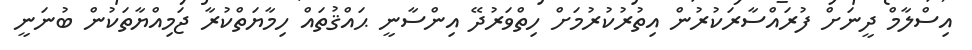
އިސްލާމް ދީނަށް ފުރައްސާރަކުރުން އިތުރުކުރުމަށް ހިތްވަރުދޭ އިންސާނީ ޙައްޤުތައް ހިމާޔަތްކުރާ ޖަމިއްޔާތަކުން ބުނަނީ